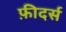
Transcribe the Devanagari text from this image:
फ़ीदर्स